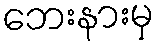
ဘေးနားမှ